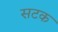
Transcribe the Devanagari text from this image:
सटक